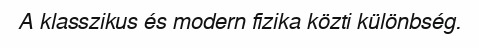
A klasszikus és modern fizika közti különbség.